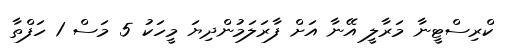
ކްރިސްޓީނާ މަރާލީ އޭނާ އަށް ފާރަލަމުންދިޔަ މީހަކު 5 މަސް 1 ހަފްތާ